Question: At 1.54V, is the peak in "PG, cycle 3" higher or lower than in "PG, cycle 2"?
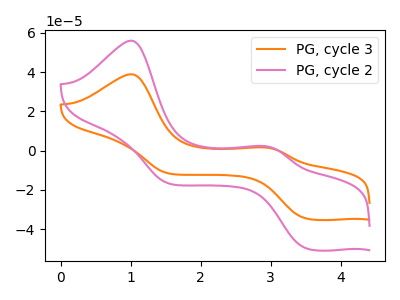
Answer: <think>The orange curve "PG, cycle 3" has anodic peaks at (1.00V, 38.85uA) (2.90V, 1.60uA) and cathodic peaks at (3.50V, -34.55uA) (1.55V, -11.60uA). The pink curve "PG, cycle 2" has anodic peaks at (1.00V, 55.95uA) (2.90V, 2.25uA) and cathodic peaks at (3.50V, -49.75uA) (1.55V, -16.70uA).</think>
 <answer>The peak at 1.54V is lower in "PG, cycle 3" than in "PG, cycle 2".</answer>
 <eval>lower</eval>